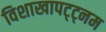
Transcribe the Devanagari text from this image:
विशाखापट्ट्नम